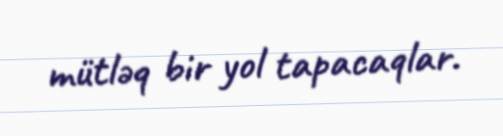
mütləq bir yol tapacaqlar.